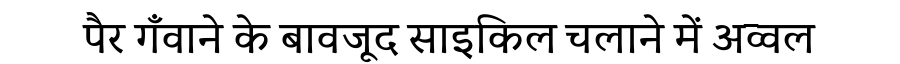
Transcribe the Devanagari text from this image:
पैर गँवाने के बावजूद साइकिल चलाने में अव्वल